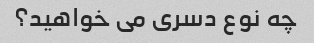
چه نوع دسری می خواهید؟